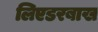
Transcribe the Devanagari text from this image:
लिएडरबाख